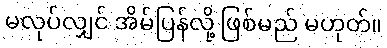
မလုပ်လျှင် အိမ်ပြန်လို့ ဖြစ်မည် မဟုတ်။